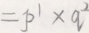
= p ^ { 1 } \times q ^ { 2 }